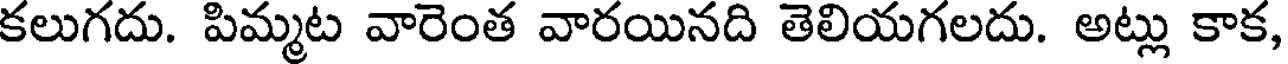
కలుగదు. పిమ్మట వారెంత వారయినది తెలియగలదు. అట్లు కాక,